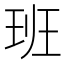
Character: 班